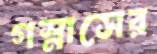
গস্নাসের